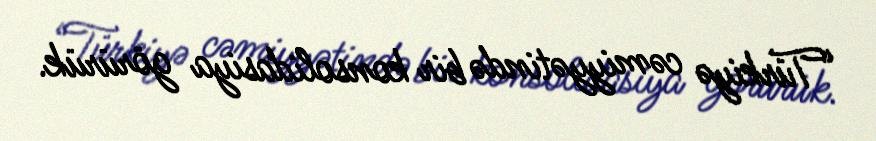
“Türkiyə cəmiyyətində bir konsolidasiya görürük.